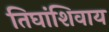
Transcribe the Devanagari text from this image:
तिघांशिवाय